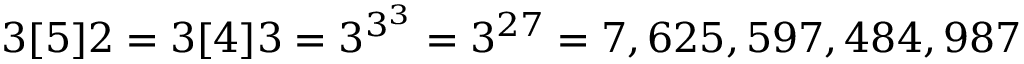
3 [ 5 ] 2 = 3 [ 4 ] 3 = 3 ^ { 3 ^ { 3 } } = 3 ^ { 2 7 } = 7 , 6 2 5 , 5 9 7 , 4 8 4 , 9 8 7